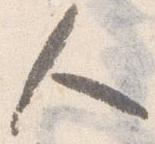
人